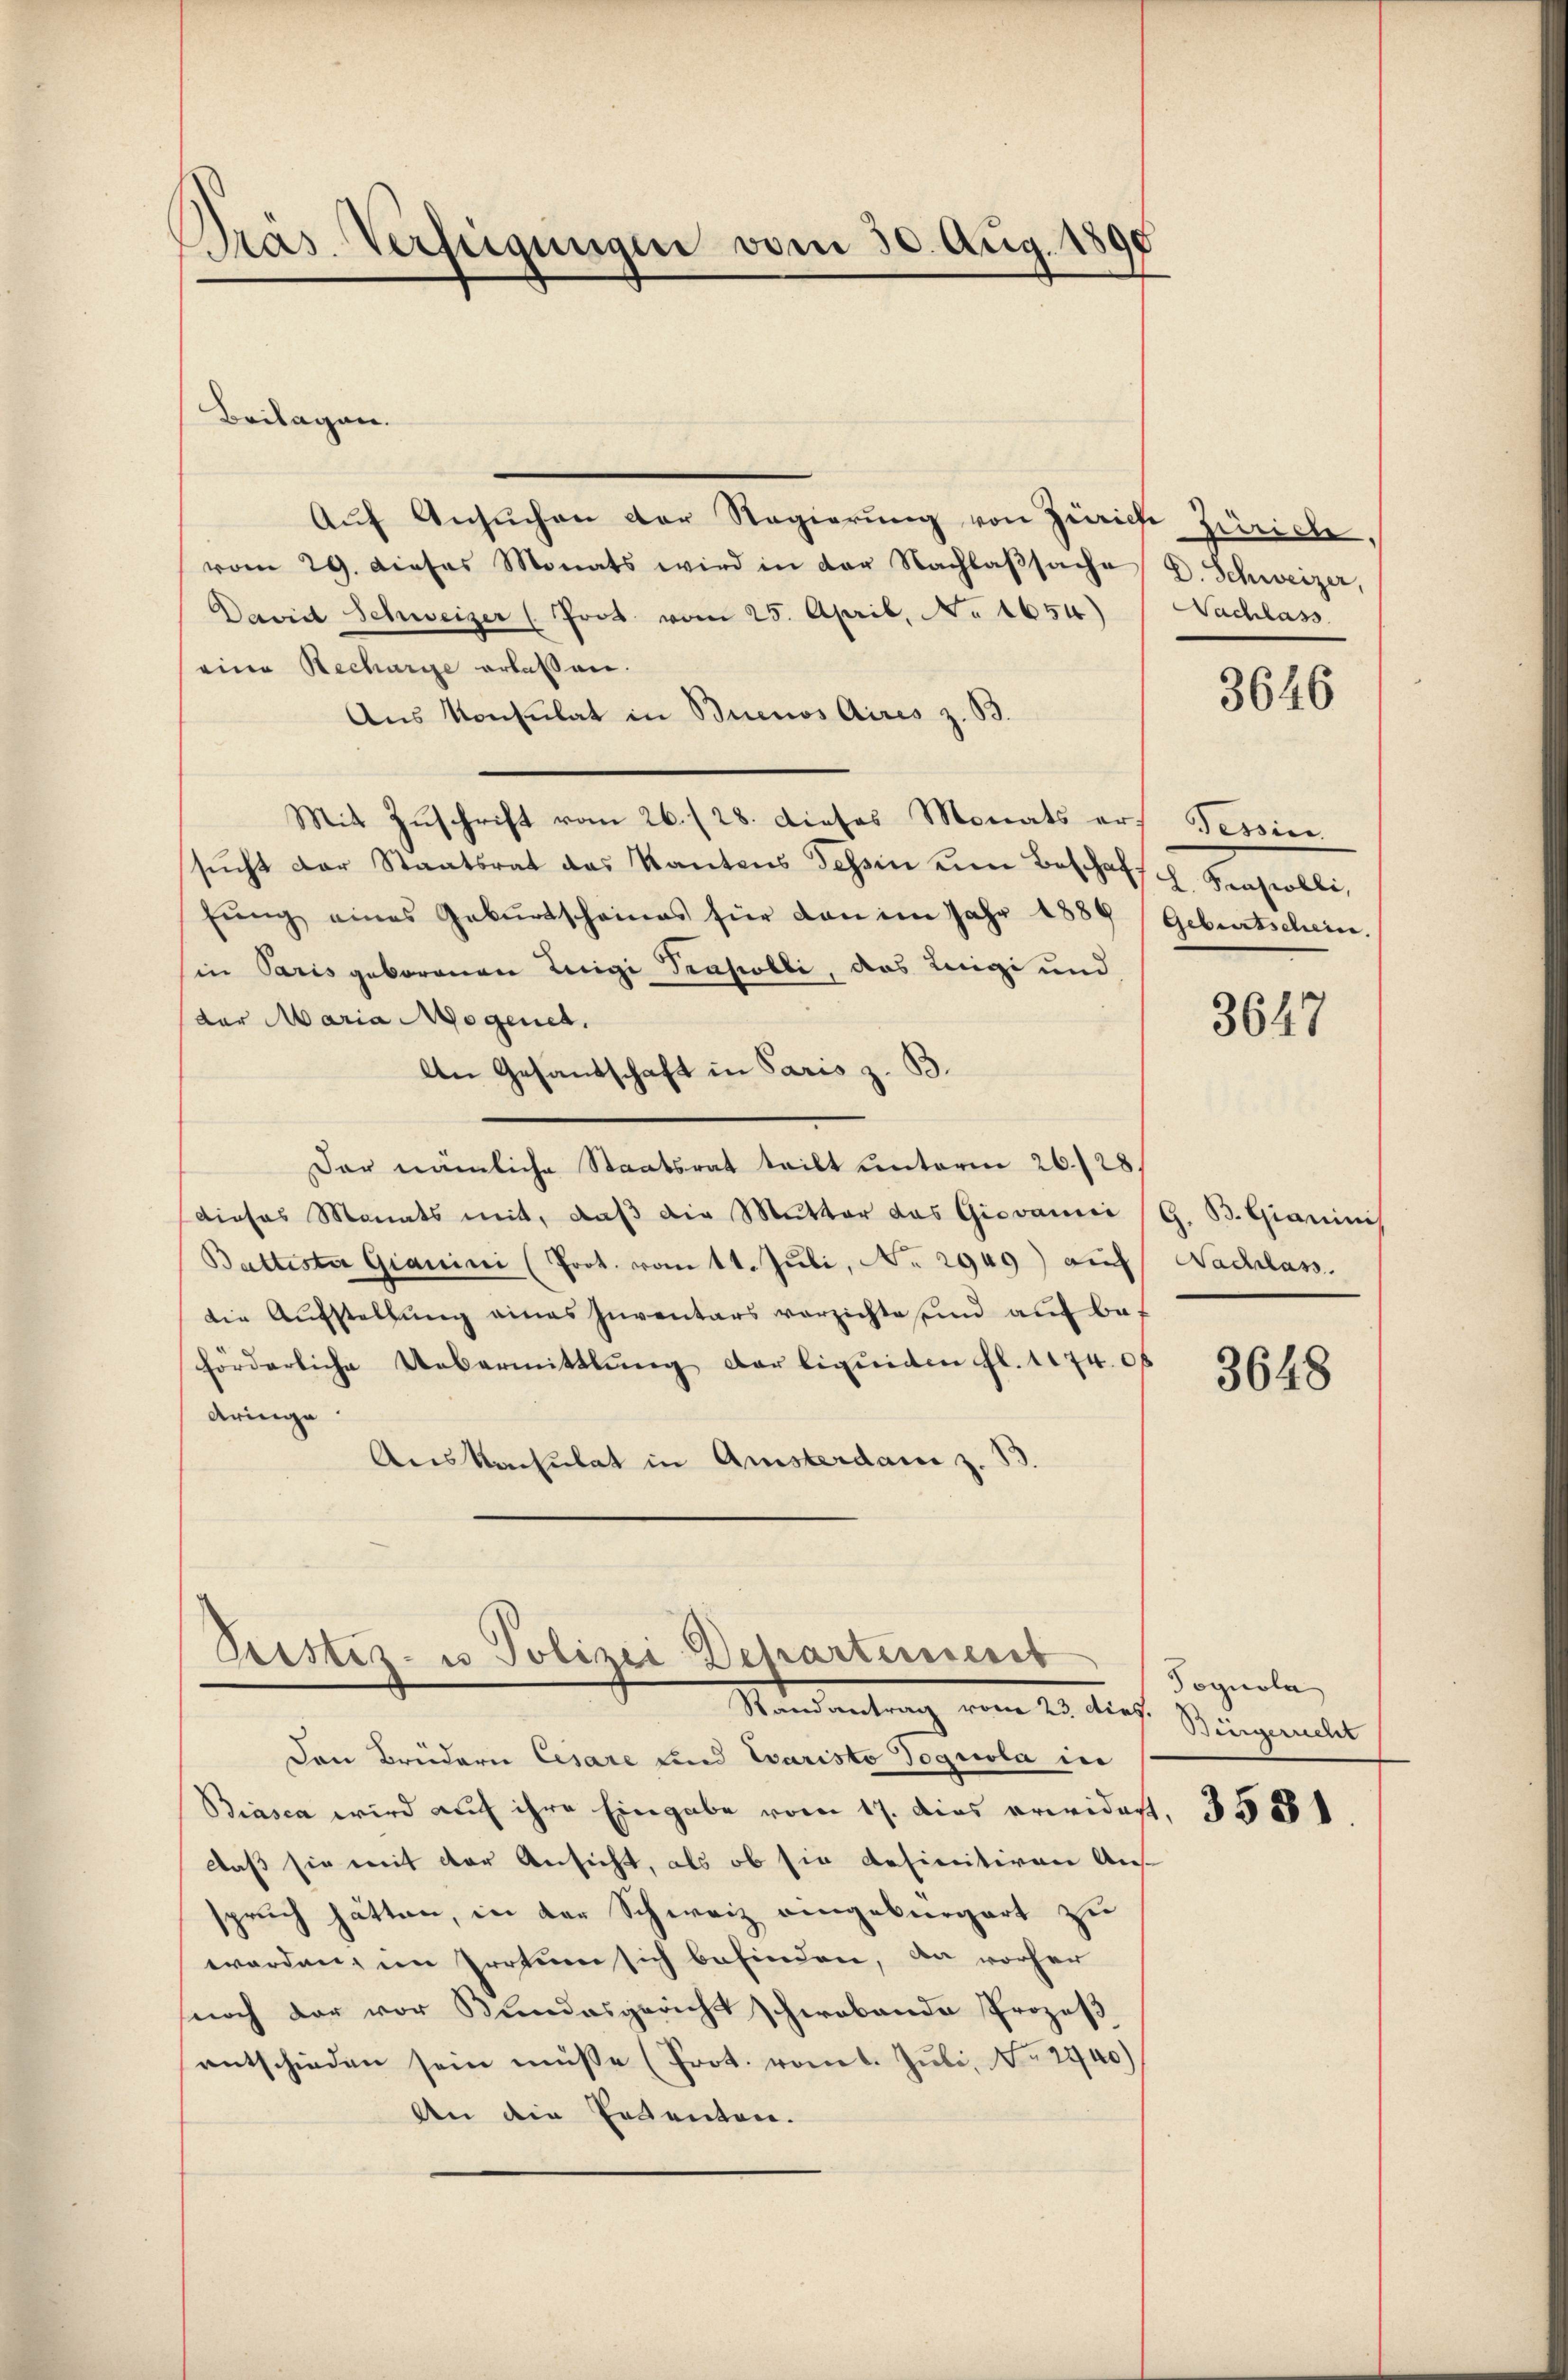
Pras. Verfügungen vom 30. Aug. 189

Aŭf Ansŭchen der Regierŭng von Zürich Zürich,
vom 29. Dieses Monats wird in der Nachlaβsache D. Schweizer,
David Schweizer (Prot. vom 25. April, No 1654)
eine Recharge erlassen.
Aus Konsulat in Buenos Aires z. B.
Mit Zuschrift vom 26. 128. dieses Monats ers Tessin.
sŭcht der Staatsrat das Kantons Tessin ŭm Beschafsch. Seras obli,
fŭng eines Gebŭrtscheines für dan im Jahr 1889 Geburtschein.
in Paris geborenen Luigi Trasobli, das Leigi und
der Maria Mogenet.
An Gesandschaft in Paris z. B.
Dar nämliche Staatsrat teilt unterm 26./28.
dieses Monats mit, daβ die Mutter das Giovani (G. B. Giarini
Battesta Gianini (Prot. vom 11. Juli, No 2949) auf Nachlass.
die Aŭfstellŭng eines Inventars verzichte sind aŭf be-
förderliche Uebermittlung der liquiden fl. 1474. 06
Aringe
Auskonsulat in Amsterdame z. B

Beilagen.

Peester- u Polizei Departement
Mandantrag vom 22. dies. Siegendet

Den Brüdern Cesare und Caristo Poguola in
Biasca wird auf ihre Eingabe vom 17. dies erwidert
Daß sie mit der Ansicht, als ob sie definitiven An-
spruch hätten, in der Schweiz eingebürgert zu
worden, im Protun sich befinden, da vorher
noch der vor Bundesgericht schwabende Prozeß
entschieden sein müsse (Prot. vom 1. Juli, No 2740)
An die Petenten.

Nachlass

e

3646

3647

3648

Tognola

3531.